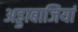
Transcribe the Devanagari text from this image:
अड्डाबाजियां